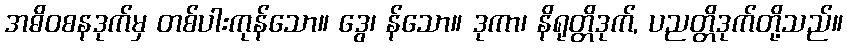
အဓိဝစနဒုက်မှ တစ်ပါးကုန်သော။ ဒွေ၊ န်သော။ ဒုကာ၊ နိရုတ္တိဒုက်, ပညတ္တိဒုက်တို့သည်။